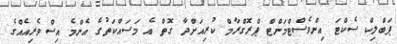
ޕަބްލިކް ސެކްޓަ އިންވެސްޓްމަންޓް ޕްރޮގްރާމް ކުރިއަށްދާ ގޮތް އެ މަސައްކަތުގެ އެންމެ އިސްވެރިއެއްގެ